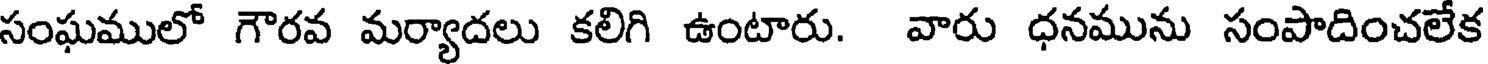
సంఘములో గౌరవ మర్యాదలు కలిగి ఉంటారు. వారు ధనమును సంపాదించలేక